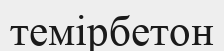
темірбетон